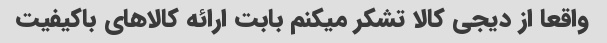
واقعا از دیجی کالا تشکر میکنم بابت ارائه کالاهای باکیفیت